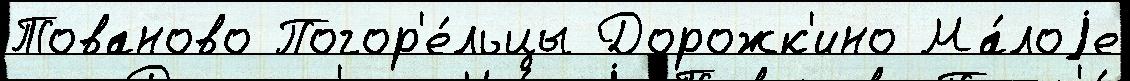
Тованово Погор'е́льцы Дорожк'ино Ма́лоjе